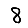
Digit: 8